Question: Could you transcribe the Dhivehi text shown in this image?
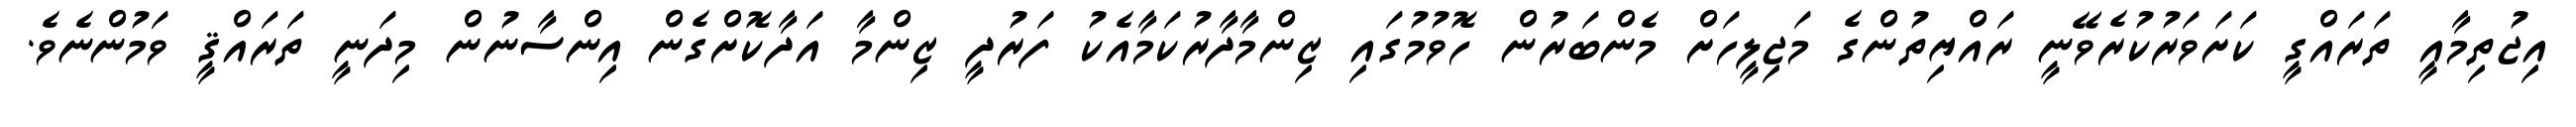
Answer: އިޖުތިމާއީ ތަރައްގީ ކަށަވަރުކުރެވޭނީ ރައްޔިތުންގެ މަޖިލީހަށް މެންބަރުން ހޮވުމުގައި ޒިންމާދާރުކަމާއެކު ފަރުދީ ޒިންމާ އަދާކޮށްގެން އިންސާނުން މިދަނީ ތަރައްޤީ ވަމުންނެވެ.